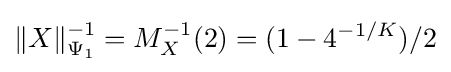
\|X\|_{\Psi _{1}}^{-1}=M_{X}^{-1}(2)=(1-4^{-1/K})/2